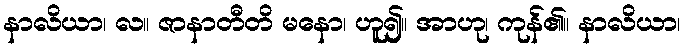
နာလိယာ၊ လ။ ဇာနာတီတိ မနော၊ ဟူ၍။ အာဟု၊ ကုန်၏။ နာလိယာ၊